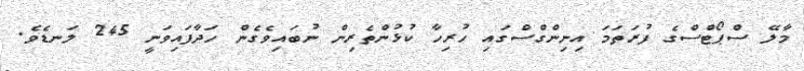
މާލޭ ސްޕޯޓްސްގެ ފުރަތަމަ އިނިންގްސްގައި ހުރިހާ ކުޅުންތެރިން ނުބައިވެގެން ހަދާފައިވަނީ 245 ލަނޑެވެ.